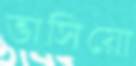
ভাসিয়ো